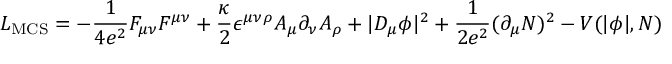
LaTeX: { \cal L } _ { \mathrm { M C S } } = - \frac { 1 } { 4 e ^ { 2 } } F _ { \mu \nu } F ^ { \mu \nu } + \frac { \kappa } { 2 } \epsilon ^ { \mu \nu \rho } A _ { \mu } \partial _ { \nu } A _ { \rho } + | D _ { \mu } \phi | ^ { 2 } + \frac { 1 } { 2 e ^ { 2 } } ( \partial _ { \mu } { \cal N } ) ^ { 2 } - V ( | \phi | , { \cal N } )